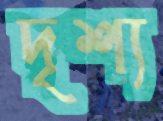
দৃশ্য